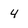
Character: 4